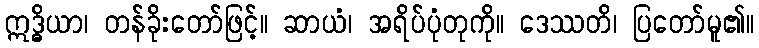
ဣဒ္ဓိယာ၊ တန်ခိုးတော်ဖြင့်။ ဆာယံ၊ အရိပ်ပုံတုကို။ ဒေဿတိ၊ ပြတော်မူ၏။